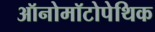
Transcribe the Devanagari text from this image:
ऑनोमॉटोपेथिक